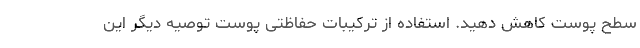
سطح پوست کاهش دهید. استفاده از ترکیبات حفاظتی پوست توصیه دیگر این